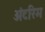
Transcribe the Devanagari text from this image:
अंटरिम